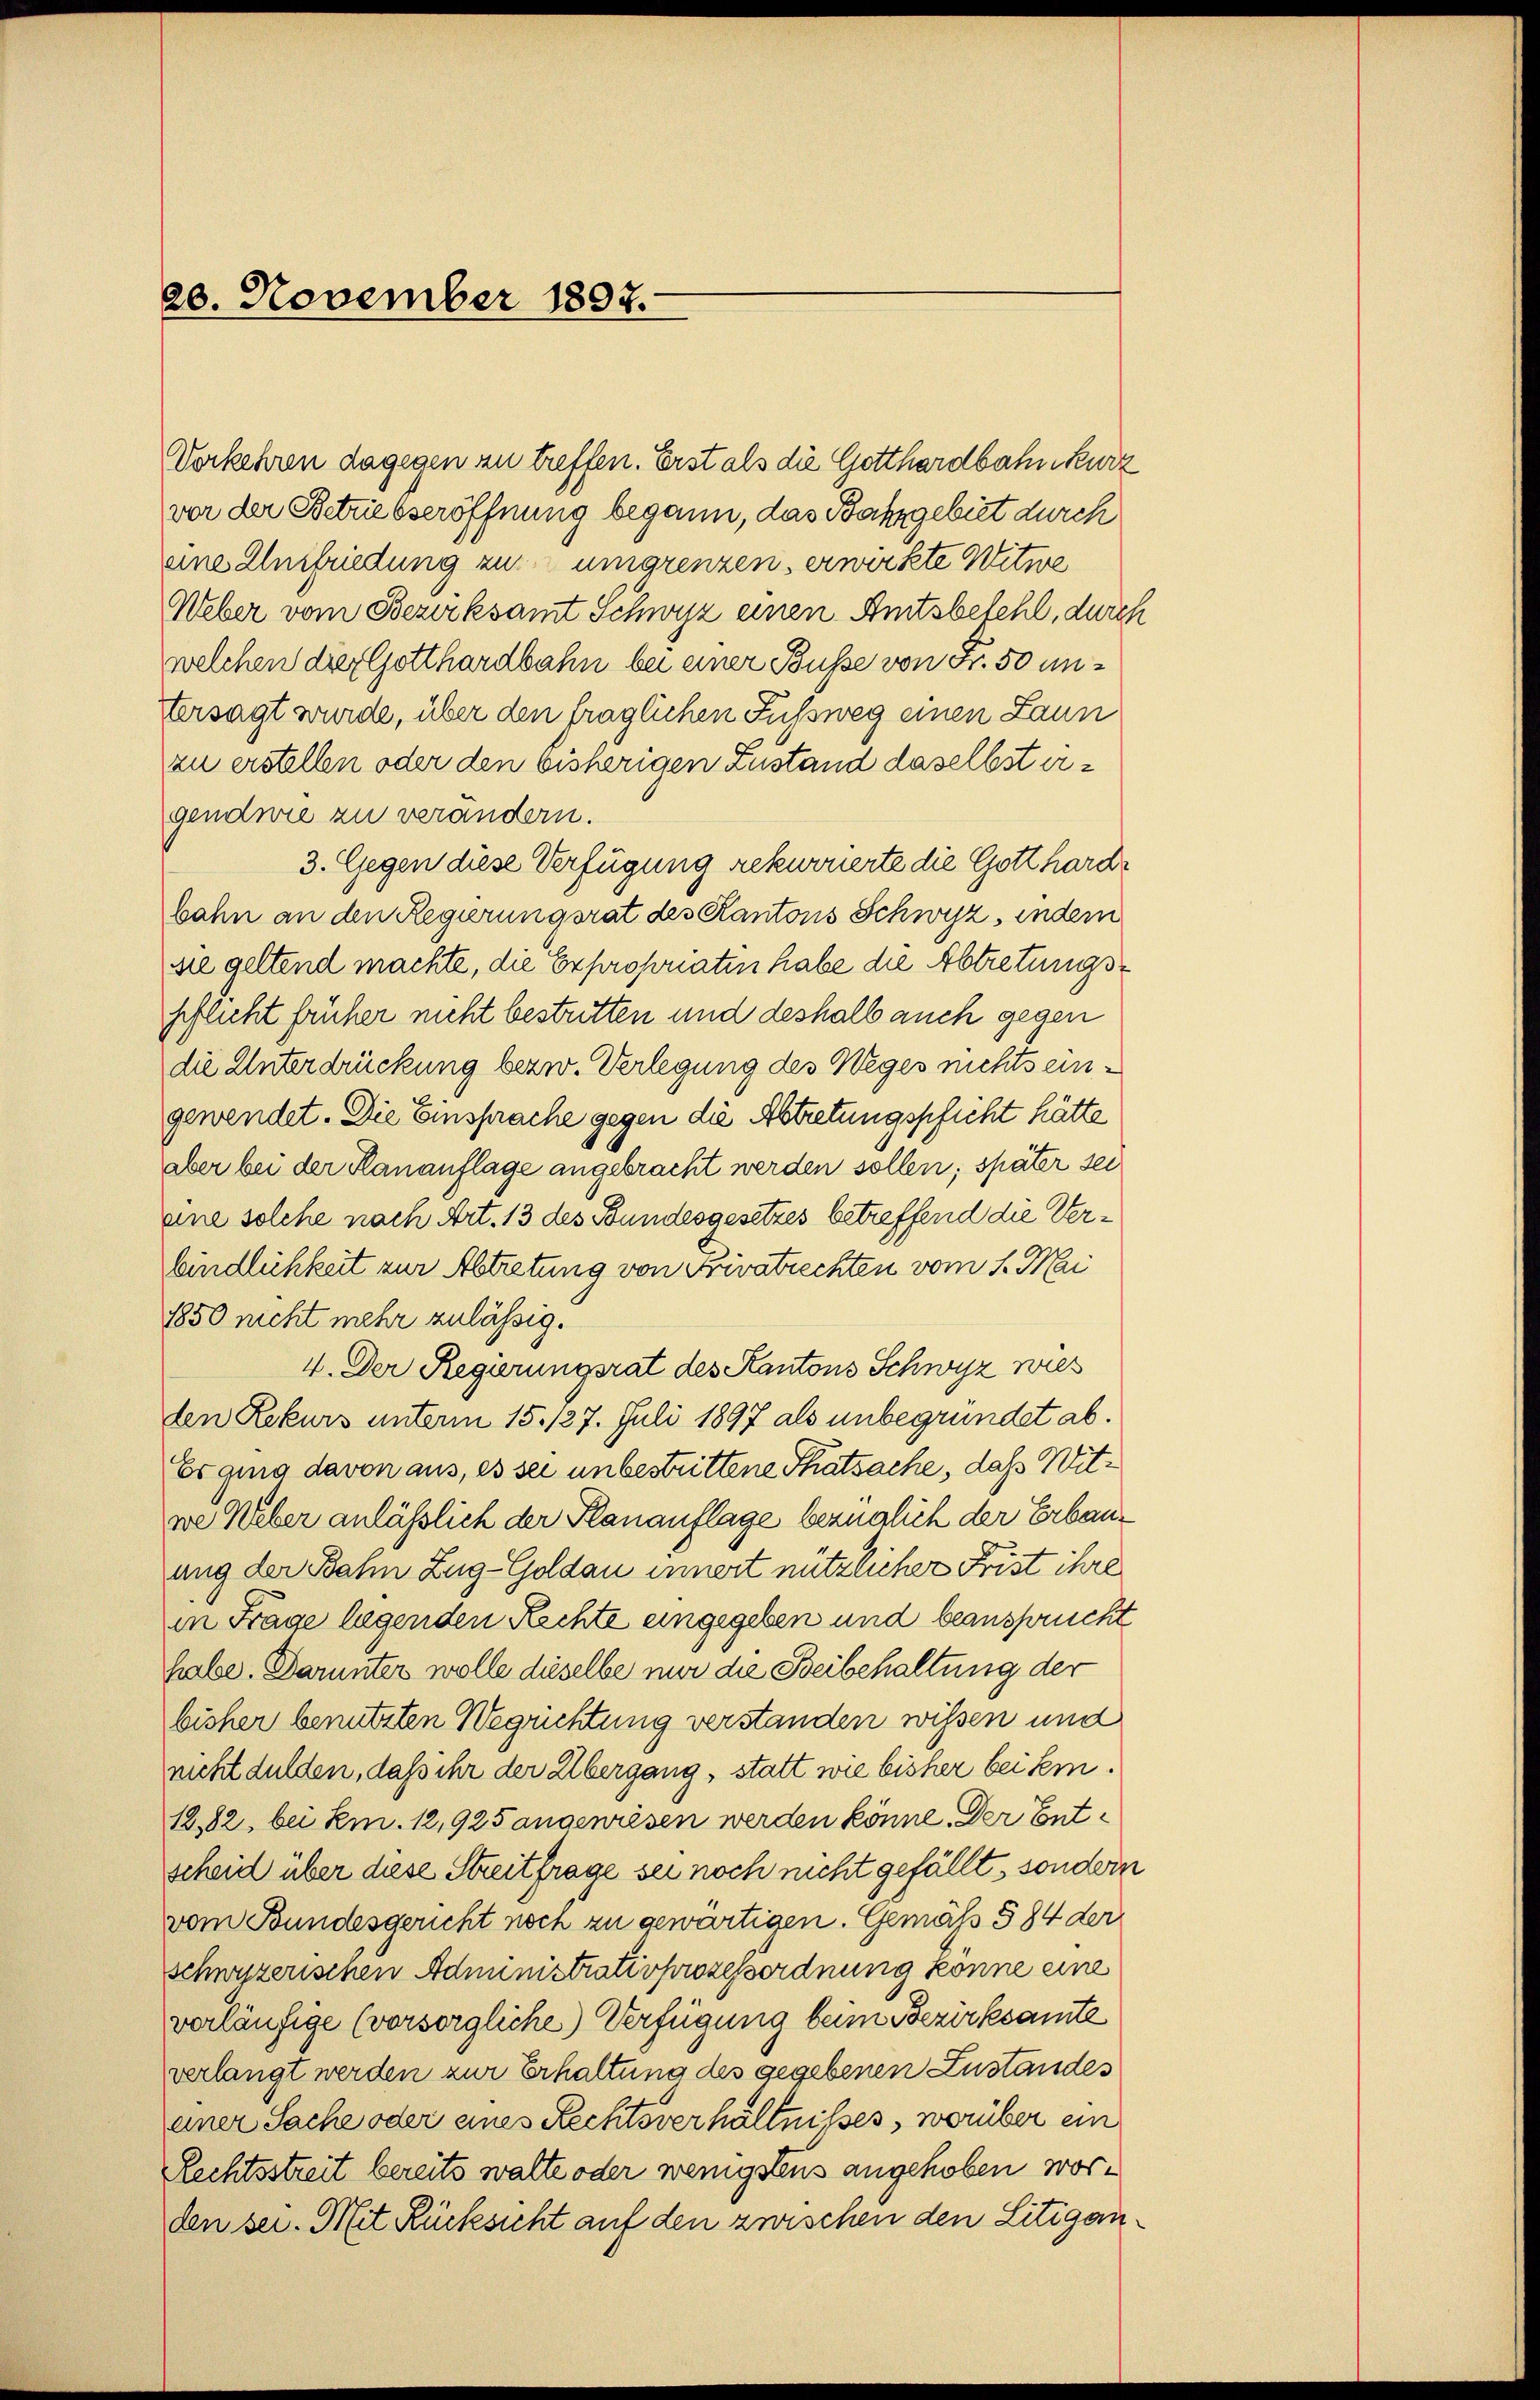
20. November 1807.

Vorkehren dagegen zu treffen. Erst als die Gotthardbahn kurz
vor der Betriebseröffnung begann, das Batzgebiet durch
eine Ausfriedung zu umgrenzen, erwirkte Witwe
Weber vom Bezirksamt Schwyz einen Amtsbefehl, durch
welchen der Gotthardbahn bei einer Busse von Fr. 50 un¬
Versagt wurde, über den fraglichen Fussweg einen Laun
zu erstellen oder den bisherigen Zustand daselbst ergendwie zu verändern.
3. Gegen diese Verfügung rekurrierte die Gotthard
bahn an den Regierungsrat des Kantons Schwyz, indem
sie geltend machte, die Exproponaten habe die Abtretungspflicht früher nicht bestritten und deshalb auch gegen
die Unterdrückung bezw. Verlegung des Weges nichts eingewendet. Die Einsprache gegen die Abtretungspficht hätte
aber bei der Rananflage angebracht werden sollen; später sei
eine solche nach Art. 13 des Bundesgesetzes betreffend die Verbindlichkeit zur Abtretung von Privatrechten vom 1. Mai
1850 nicht mehr zulässig.
4. Der Regierungsrat des Kantons Schwyz wies
den Rekurs unterm 15. 127. Juli 1897 als unbegründet ab.
Er ging davon aus, es sei unbestrittene Thatsache, daß Mitwe Weber anläßlich der Planauflage bezüglich der Erbauang der Bahn Zug-Goldau innert nützlicher Frist ihre
in Frage legenden Rechte eingegeben und beansprucht
habe. Darunter wolle dieselbe nur die Beibehaltung der
bisher benutzten Wegrichtung verstanden wissen und
nicht dulden, daß ihr der Übergang, statt wie bisher bei sein.
12,82, bei kn. 12,925 angewiesen werden könne. Der Entscheid über diese Streitfrage sei noch nicht gefällt, sondern
vom Bundesgericht noch zu gewärtigen. Gemäß § 84 der
Schwyzerischen Administrativprozessordnung könne eine
verläufige (vorsorgliche) Verfügung beim Bezirksamte
verlangt werden zur Erhaltung des gegebenen Zustandes
einer Sache oder eines Rechtsverhältnisses, worüber ein
Rechtsstreit bereits walte oder wenigstens angehoben worden sei. Mit Rücksicht auf den zwischen den Litigan¬